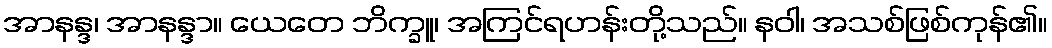
အာနန္ဒ၊ အာနန္ဒာ။ ယေတေ ဘိက္ခူ၊ အကြင်ရဟန်းတို့သည်။ နဝါ၊ အသစ်ဖြစ်ကုန်၏။